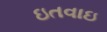
ઇતવાઇ